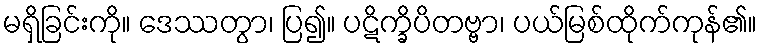
မရှိခြင်းကို။ ဒေဿတွာ၊ ပြ၍။ ပဋိက္ခိပိတဗ္ဗာ၊ ပယ်မြစ်ထိုက်ကုန်၏။